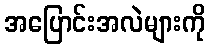
အပြောင်းအလဲများကို